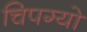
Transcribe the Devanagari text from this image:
चिपग्यो